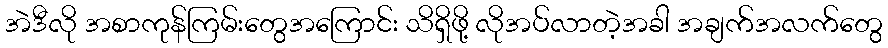
အဲဒီလို အစာကုန်ကြမ်းတွေအကြောင်း သိရှိဖို့ လိုအပ်လာတဲ့အခါ အချက်အလက်တွေ